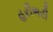
હરીભરી